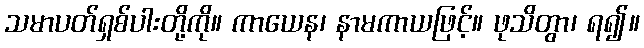
သမာပတ်ရှစ်ပါးတို့ကို။ ကာယေန၊ နာမကာယဖြင့်။ ဖုသိတွာ၊ ရ၍။